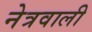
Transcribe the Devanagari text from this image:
नेत्रवाली